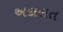
અદાલત